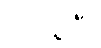
ကိုင်စွဲပြီး